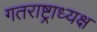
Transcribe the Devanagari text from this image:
गतराष्ट्राध्यक्ष